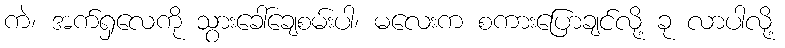
ကဲ၊ အက်ရှလေကို သွားခေါ်ချေစမ်းပါ၊ မလေးက စကားပြောချင်လို့ ခု လာပါလို့